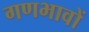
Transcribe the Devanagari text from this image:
गणभावों